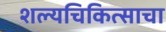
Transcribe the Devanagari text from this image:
शल्यचिकित्साचा